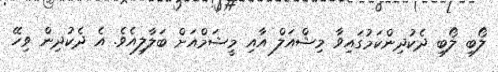
ލޯބި ލޯބި ދެކުދިންކަމުގައިވާ މިޝްއަލް އާއި މީޝަމްއަށް ބަލާލިއެވެ. އެ ދެކުދިން ވިހޭ